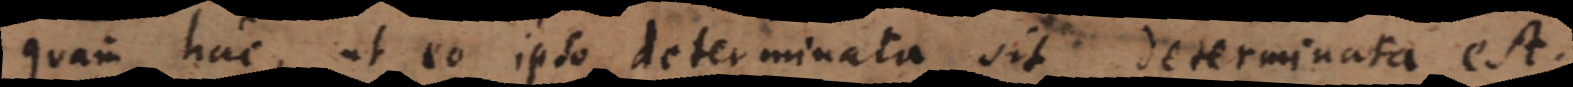
quam hac, ut eo ipso determinata sit, determinata est.